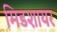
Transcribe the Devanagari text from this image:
मिडशायर